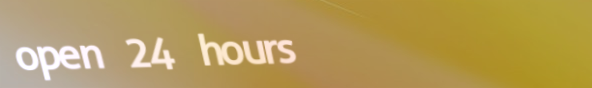
open 24 hours